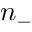
n _ { - }